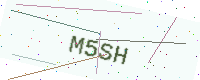
Text: M5SH